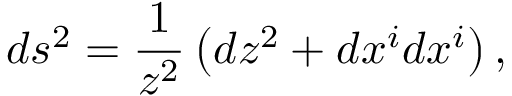
d s ^ { 2 } = \frac { 1 } { z ^ { 2 } } \left( d z ^ { 2 } + d x ^ { i } d x ^ { i } \right) ,